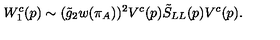
W _ { 1 } ^ { c } ( p ) \sim ( \tilde { g } _ { 2 } w ( \pi _ { A } ) ) ^ { 2 } V ^ { c } ( p ) \tilde { S } _ { L L } ( p ) V ^ { c } ( p ) .